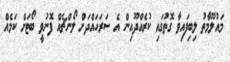
މައުލޫމާތު ލިބިފައިވާ ގޮތުގައި ކުރެއްދޫއިން އެ ސަރަހައްދަށް ލޯންޗެއް ފޮނުވީ ބޯޓަށް ކަމެއް